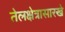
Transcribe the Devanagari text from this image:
तेलक्षेत्रासारखे